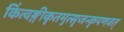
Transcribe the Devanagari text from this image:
किंत्वङ्गीकृतमुत्सृजन्कृपणवत्